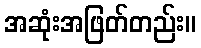
အဆုံးအဖြတ်တည်း။